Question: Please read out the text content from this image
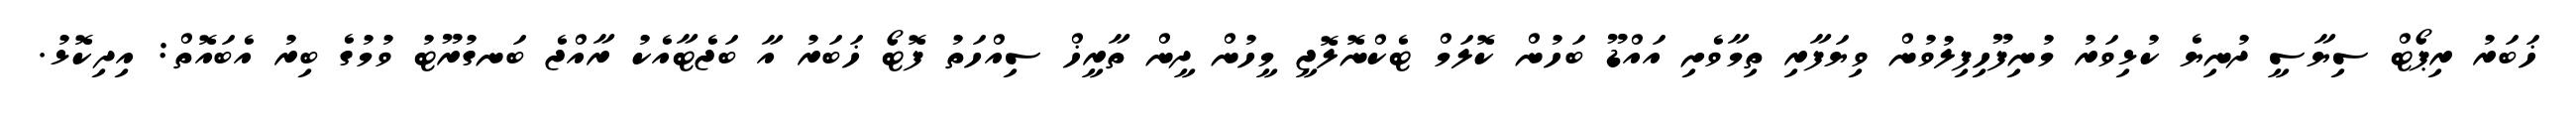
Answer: ޚަބަރު ރިޕޯޓް ސިޔާސީ ދުނިޔެ ކުޅިވަރު މުނިފޫހިފިލުވުން ވިޔަފާރި ތިމާވެށި އައްޑޫ ބަހުން ކޮލަމް ޓެކްނޮލޮޖީ މީހުން ދީން ތާރީޚް ސިއްހަތު ފޮޓޯ ޚަބަރު އާ ބަޖެޓާއެކު ރާއްޖެ ބަނގުރޫޓު ވުމުގެ ބިރު އެބައޮތް: އިދިކޮޅު.